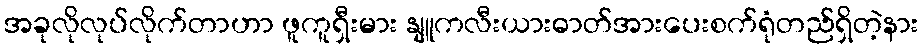
အခုလိုလုပ်လိုက်တာဟာ ဖူကူရှီးမား နျူကလီးယားဓာတ်အားပေးစက်ရုံတည်ရှိတဲ့နား